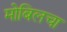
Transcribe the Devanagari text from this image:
मोबिलचा